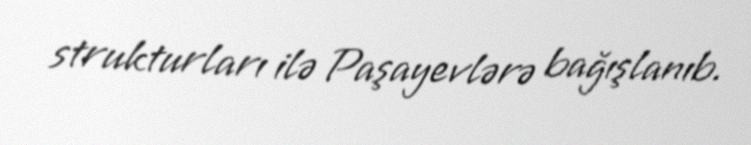
strukturları ilə Paşayevlərə bağışlanıb.